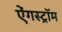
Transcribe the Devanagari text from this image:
ऐंगस्ट्रॉम